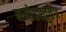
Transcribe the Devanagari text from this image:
नमोऽस्तुते॥